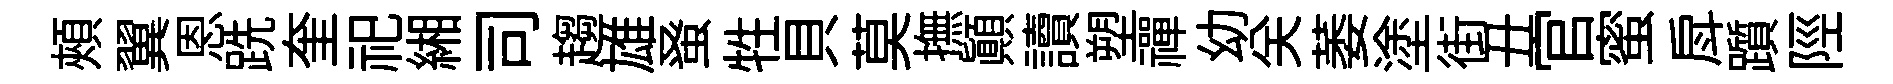
頰翼恩跣奎祀緗司趨雄𫊫牲貝莫撫顛讀塑禪幼关萎塗街丑官蜜戽躓陘